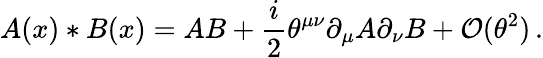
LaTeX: A(x)*B(x)=AB+{\frac{i}{2}}\theta^{\mu\nu}\partial_{\mu}A\partial_{\nu}B+{\cal O}(\theta^{2})\, .